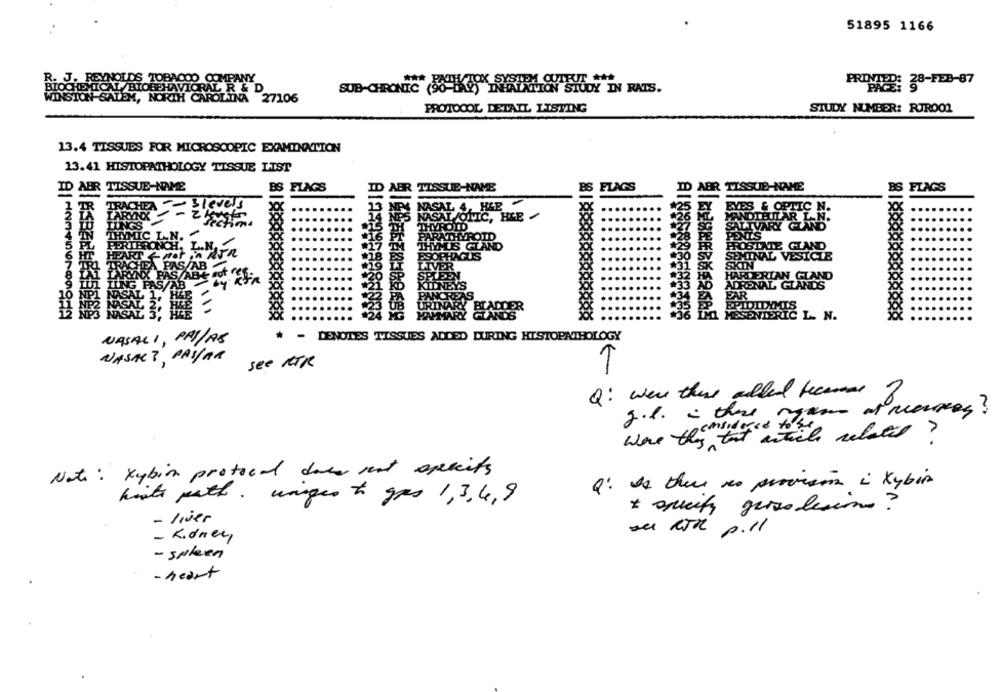
51895 1166
R. J. REYNOLDS TOBACCO COMPANY
BIOCHEMICAL/BIOBEHAVIORAL R & D
SUB-CHRONIC HIS SARMOHUT#
PRINTED: 28-FPB-87
WINSTON-SALEM, NORTH CAROLINA 27106
PROTOCOL DETAIL LISTING
STUDY NUMBER: RJROO1
13.4 TISSUES FOR MICROSCOPIC EXAMINATION
13.41 HISTOPATHOLOGY TISSUE LIST
TISSUE-NAME
BS FLAGS
BS
FLAGS
AER TISSUE-NAME
2ABR
ABR TISSUE-NAME
TR
level
NASAL 4, H&E
......
EYES & OPTIC N.
NASAL /OTIC, HCE
...
ANDIBULAR L.N.
THYROID
ALIVARY GLAND'
ARATHYROID
PENIS
THYMIS GLAND
POSTATE GLAND
DOUS
MINAL VESICLE
HARDERIAN GLAND
EYS
ADRENAL GLANDS
EA
PAR
URINA
PIDIDE
MAMMAR
. N.
NASALI, PAY/AS
* - DENOTES TISSUES ADDED DURING HISTOPATHOLOGY
NASAL ?, PASSAR
see MTR
T
Q: were there added tecmas
~
2.l. - the
were they tuta
I article relatif ?
Note: xybin protocol dass seat speseits
Q: Is there no provision i kybin
hints path. wangen to gps 1,3,4,9
liver
su KR p.ll
- Kidney
- spleen
- heart